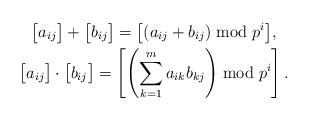
LaTeX: \begin{gather*} \big[ a_{ij} \big] + \big[ b_{ij} \big] = \big[ (a_{ij}+b_{ij}) \bmod{p^{i}} \big], \\ \big[ a_{ij} \big] \cdot \big[ b_{ij} \big] = \left[ \left( \sum_{k=1}^{m} a_{ik} b_{kj} \right) \bmod{p^{i}} \right].\end{gather*}